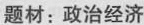
题材：政治经济